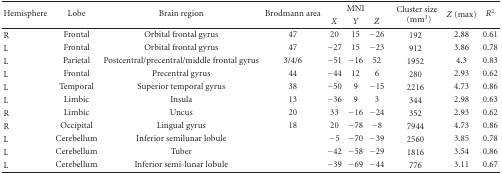
<table><thead><tr><td rowspan="2"><b>Hemisphere</b></td><td rowspan="2"><b>Lobe</b></td><td rowspan="2"><b>Brain region</b></td><td rowspan="2"><b>Brodmann area</b></td><td colspan="3"><b>MNI</b></td><td rowspan="2"><b>Cluster size(mm<sup>3</sup>)</b></td><td rowspan="2"><b><i>Z</i> (max)</b></td><td rowspan="2"><b><i>R</i><sup>2</sup></b></td></tr><tr><td><b><i>X</i></b></td><td><b><i>Y</i></b></td><td><b><i>Z</i></b></td></tr></thead><tbody><tr><td>R</td><td>Frontal</td><td>Orbital frontal gyrus</td><td>47</td><td>20</td><td>15</td><td>−26</td><td>192</td><td>2.88</td><td>0.61</td></tr><tr><td>L</td><td>Frontal</td><td>Orbital frontal gyrus</td><td>47</td><td>−27</td><td>15</td><td>−23</td><td>912</td><td>3.86</td><td>0.78</td></tr><tr><td>L</td><td>Parietal</td><td>Postcentral/precentral/middle frontal gyrus</td><td>3/4/6</td><td>−51</td><td>−16</td><td>52</td><td>1952</td><td>4.3</td><td>0.83</td></tr><tr><td>L</td><td>Frontal</td><td>Precentral gyrus</td><td>44</td><td>−44</td><td>12</td><td>6</td><td>280</td><td>2.93</td><td>0.62</td></tr><tr><td>L</td><td>Temporal</td><td>Superior temporal gyrus</td><td>38</td><td>−50</td><td>9</td><td>−15</td><td>2216</td><td>4.73</td><td>0.86</td></tr><tr><td>L</td><td>Limbic</td><td>Insula</td><td>13</td><td>−36</td><td>9</td><td>3</td><td>344</td><td>2.98</td><td>0.63</td></tr><tr><td>R</td><td>Limbic</td><td>Uncus</td><td>20</td><td>33</td><td>−16</td><td>−24</td><td>352</td><td>2.93</td><td>0.62</td></tr><tr><td>R</td><td>Occipital</td><td>Lingual gyrus</td><td>18</td><td>20</td><td>−78</td><td>−8</td><td>7944</td><td>4.73</td><td>0.86</td></tr><tr><td>L</td><td>Cerebellum</td><td>Inferior semilunar lobule</td><td>[EMPTY_CELL]</td><td>−5</td><td>−70</td><td>−39</td><td>2560</td><td>3.85</td><td>0.78</td></tr><tr><td>L</td><td>Cerebellum</td><td>Tuber</td><td>[EMPTY_CELL]</td><td>−42</td><td>−58</td><td>−29</td><td>1816</td><td>3.54</td><td>0.86</td></tr><tr><td>L</td><td>Cerebellum</td><td>Inferior semi-lunar lobule</td><td>[EMPTY_CELL]</td><td>−39</td><td>−69</td><td>−44</td><td>776</td><td>3.11</td><td>0.67</td></tr></tbody></table>